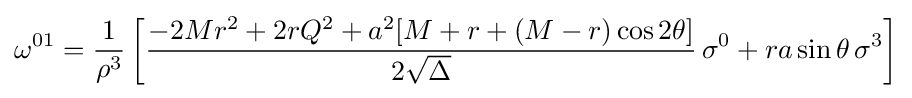
\omega ^{01}={\frac {1}{\rho ^{3}}}\left[{\frac {-2Mr^{2}+2rQ^{2}+a^{2}[M+r+(M-r)\cos 2\theta ]}{2{\sqrt {\Delta }}}}\,\sigma ^{0}+ra\sin \theta \,\sigma ^{3}\right]